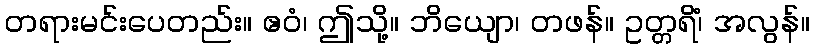
တရားမင်းပေတည်း။ ဧဝံ၊ ဤသို့။ ဘိယျော၊ တဖန်။ ဥတ္တရိံ၊ အလွန်။